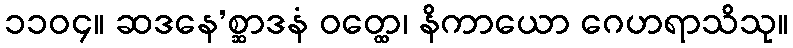
၁၁၀၄။ ဆဒနေ’စ္ဆာဒနံ ဝတ္ထေ၊ နိကာယော ဂေဟရာသိသု။